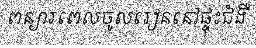
ពន្យារពេលចូលរៀននៅផ្ទុះជំងឺ